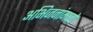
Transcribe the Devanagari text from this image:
अभिजनांमध्ये